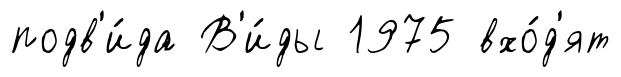
подв'и́да В'и́ды 1975 вхо́д'ят